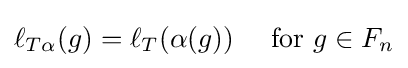
\ell _{T\alpha }(g)=\ell _{T}(\alpha (g))\quad {\text{ for }}g\in F_{n}